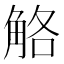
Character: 觡